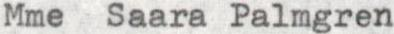
Mme Saara Palmgren